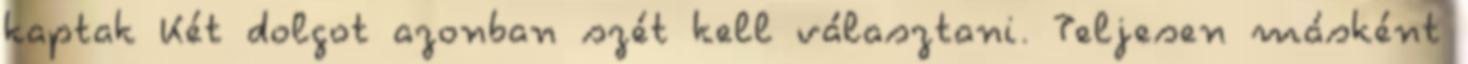
kaptak Két dolgot azonban szét kell választani. Teljesen másként